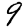
Digit: 9